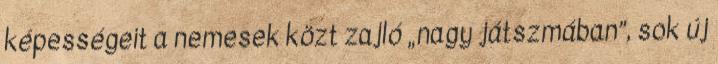
képességeit a nemesek közt zajló „nagy játszmában”, sok új